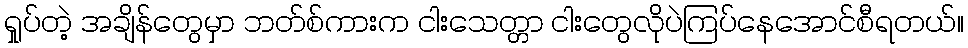
ရှုပ်တဲ့ အချိန်တွေမှာ ဘတ်စ်ကားက ငါးသေတ္တာ ငါးတွေလိုပဲကြပ်နေအောင်စီရတယ်။